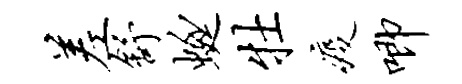
差舒蜓牡疫唧